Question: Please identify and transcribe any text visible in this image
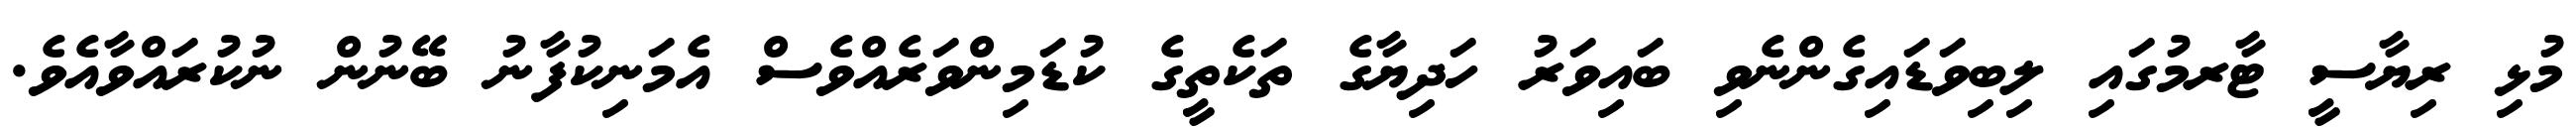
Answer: މުޅި ރިޔާސީ ޓާރމުގައި ލިބިވަޑައިގެންނެވި ބައިވަރު ހަދިޔާގެ ތަކެތީގެ ކުޑަމިންވަރެއްވެސް އެމަނިކުފާނު ބޭނުން ނުކުރައްވާއެވެ.